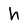
Character: h